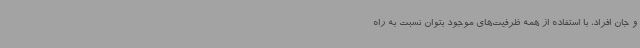
و جان افراد، با استفاده از همه ظرفیت‌های موجود بتوان نسبت به راه